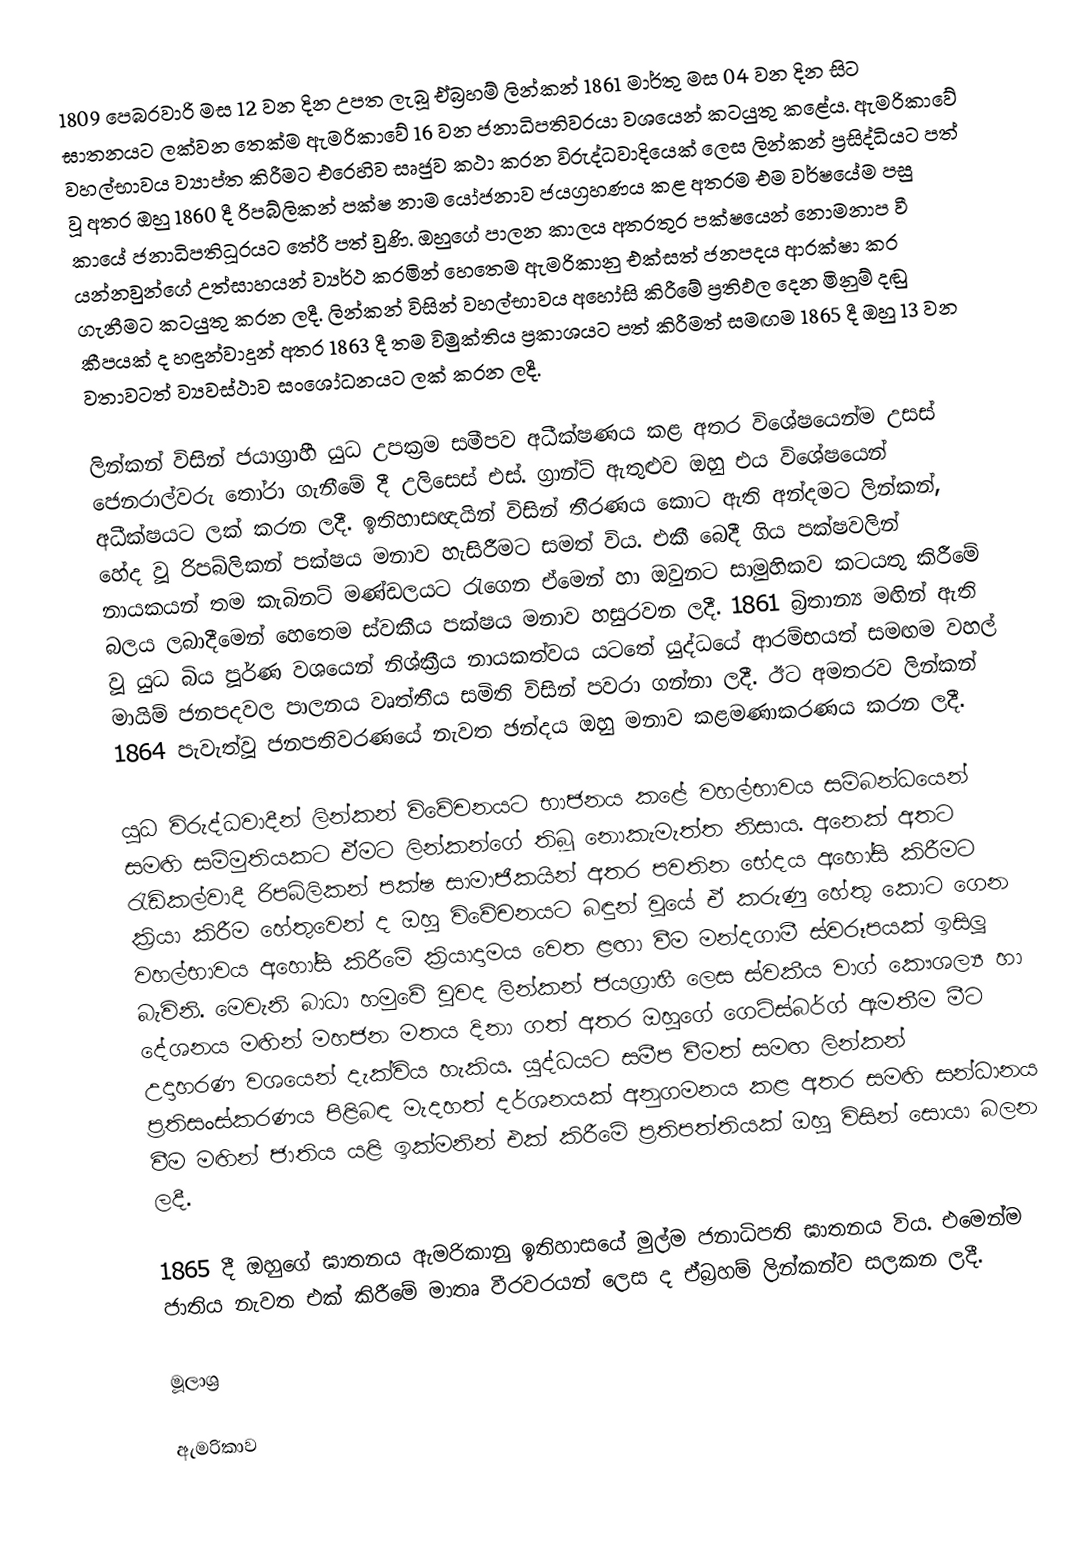
1809 පෙබරවාරි මස 12 වන දින උපත ලැබූ ඒබ්‍රහම් ලින්කන් 1861 මාර්තු මස 04 වන දින සිට ඝාතනයට ලක්වන තෙක්ම ඇමරිකාවේ 16 වන ජනාධිපතිවරයා වශයෙන් කටයුතු කළේය. ඇමරිකාවේ වහල්භාවය ව්‍යාප්ත කිරීමට එරෙහිව සෘජුව කථා කරන විරුද්ධවාදියෙක් ලෙස ලින්කන් ප්‍රසිද්ධියට පත් වූ අතර ඔහු 1860 දී රිපබ්ලිකන් පක්ෂ නාම යෝජනාව ජයග්‍රහණය කළ අතරම එම වර්ෂයේම පසු කායේ ජනාධිපතිධූරයට තේරී පත් වුණි. ඔහුගේ පාලන කාලය අතරතුර පක්ෂයෙන් නොමනාප වී යන්නවුන්ගේ උත්සාහයන් ව්‍යර්ථ කරමින් හෙතෙම ඇමරිකානු එක්සත් ජනපදය ආරක්ෂා කර ගැනීමට කටයුතු කරන ලදී. ලින්කන් විසින් වහල්භාවය අහෝසි කිරීමේ ප්‍රතිඵල දෙන මිනුම් දඬු කීපයක් ද හඳුන්වාදුන් අතර 1863 දී තම විමුක්තිය ප්‍රකාශයට පත් කිරීමත් සමඟම 1865 දී ඔහු 13 වන වතාවටත් ව්‍යවස්ථාව සංශෝධනයට ලක් කරන ලදී.

ලින්කන් විසින් ජයාග්‍රාහී යුධ උපක්‍රම සමීපව අධීක්ෂණය කළ අතර විශේෂයෙන්ම උසස් ජෙනරාල්වරු තෝරා ගැනීමේ දී උලිසෙස් එස්. ග්‍රාන්ට් ඇතුළුව ඔහු එය විශේෂයෙන් අධීක්ෂයට ලක් කරන ලදී. ඉතිහාසඥයින් විසින් තීරණය කොට ඇති අන්දමට ලින්කන්, හේද වූ රිපබ්ලිකන් පක්ෂය මනාව හැසිරීමට සමත් විය. එකී බෙදී ගිය පක්ෂවලින් නායකයන් තම කැබිනට් මණ්ඩලයට රැගෙන ඒමෙන් හා ඔවුනට සාමුහිකව කටයතු කිරීමේ බලය ලබාදීමෙන් හෙතෙම ස්වකීය පක්ෂය මනාව හසුරවන ලදී. 1861 බ්‍රිතාන්‍ය මඟින් ඇති වූ යුධ බිය පූර්ණ වශයෙන් නිශ්ක්‍රීය නායකත්වය යටතේ යුද්ධයේ ආරම්භ‍යත් සමඟම වහල් මායිම් ජනපදවල පාලනය වෘත්තීය සමිති විසින් පවරා ගන්නා ලදී. ඊට අමතරව ලින්කන් 1864 පැවැත්වූ ජනපතිවරණයේ නැවත ඡන්දය ඔහු මනාව කළමණාකරණය කරන ලදී.

යුධ විරුද්ධවාදීන් ලින්කන් විවේචනයට භාජනය කළේ වහල්භාවය සම්බන්ධයෙන් සමඟි සම්මුතියකට ඒමට ලින්කන්ගේ තිබූ නොකැමැත්ත නිසාය. අනෙක් අතට රැඩිකල්වාදී රිපබ්ලිකන් පක්ෂ සාමාජිකයින් අතර පවතින භේදය අහෝසි කිරීමට ක්‍රියා කිරීම හේතුවෙන් ද ඔහු විවේචනයට බඳුන් වූයේ ඒ කරුණු හේතු කොට ගෙන වහල්භාවය අහෝසි කිරීමේ ක්‍රියාදාමය වෙත ළඟා වීම මන්දගාමී ස්වරූපයක් ඉසිලූ බැවිනි. මෙවැනි බාධා හමුවේ වුවද ලින්කන් ජයග්‍රාහී ලෙස ස්වකීය වාග් කෞශල්‍ය හා දේශනය මඟින් මහජන මතය දිනා ගත් අතර ඔහුගේ ගෙට්ස්බර්ග් ඇමතීම මීට උදාහරණ වශයෙන් දැක්විය හැකිය. යුද්ධයට සමීප වීමත් සමඟ ලින්කන් ප්‍රතිසංස්කරණය පිළිබඳ මැදහත් දර්ශනයක් අනුගමනය කළ අතර සමඟි සන්ධානය වීම මඟින් ජාතිය යළි ඉක්මනින් එක් කිරීමේ ප්‍රතිපත්තියක් ඔහු විසින් සොයා බලන ලදී.

1865 දී ඔහුගේ ඝාතනය ඇමරිකානු ඉතිහාසයේ මුල්ම ජනාධිපති ඝාතනය විය. එමෙන්ම ජාතිය නැවත එක් කිරීමේ මාතෘ වීරවරයන් ලෙස ද ඒබ්‍රහම් ලින්කන්ව සලකන ලදී.

මූලාශ්‍ර

ඇමරිකාව